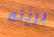
بريئه